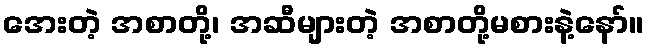
အေးတဲ့ အစာတို့၊ အဆီများတဲ့ အစာတို့မစားနဲ့နော်။